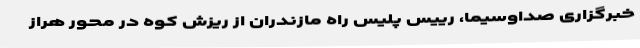
خبرگزاری صداوسیما، رییس پلیس راه مازندران از ریزش کوه در محور هراز